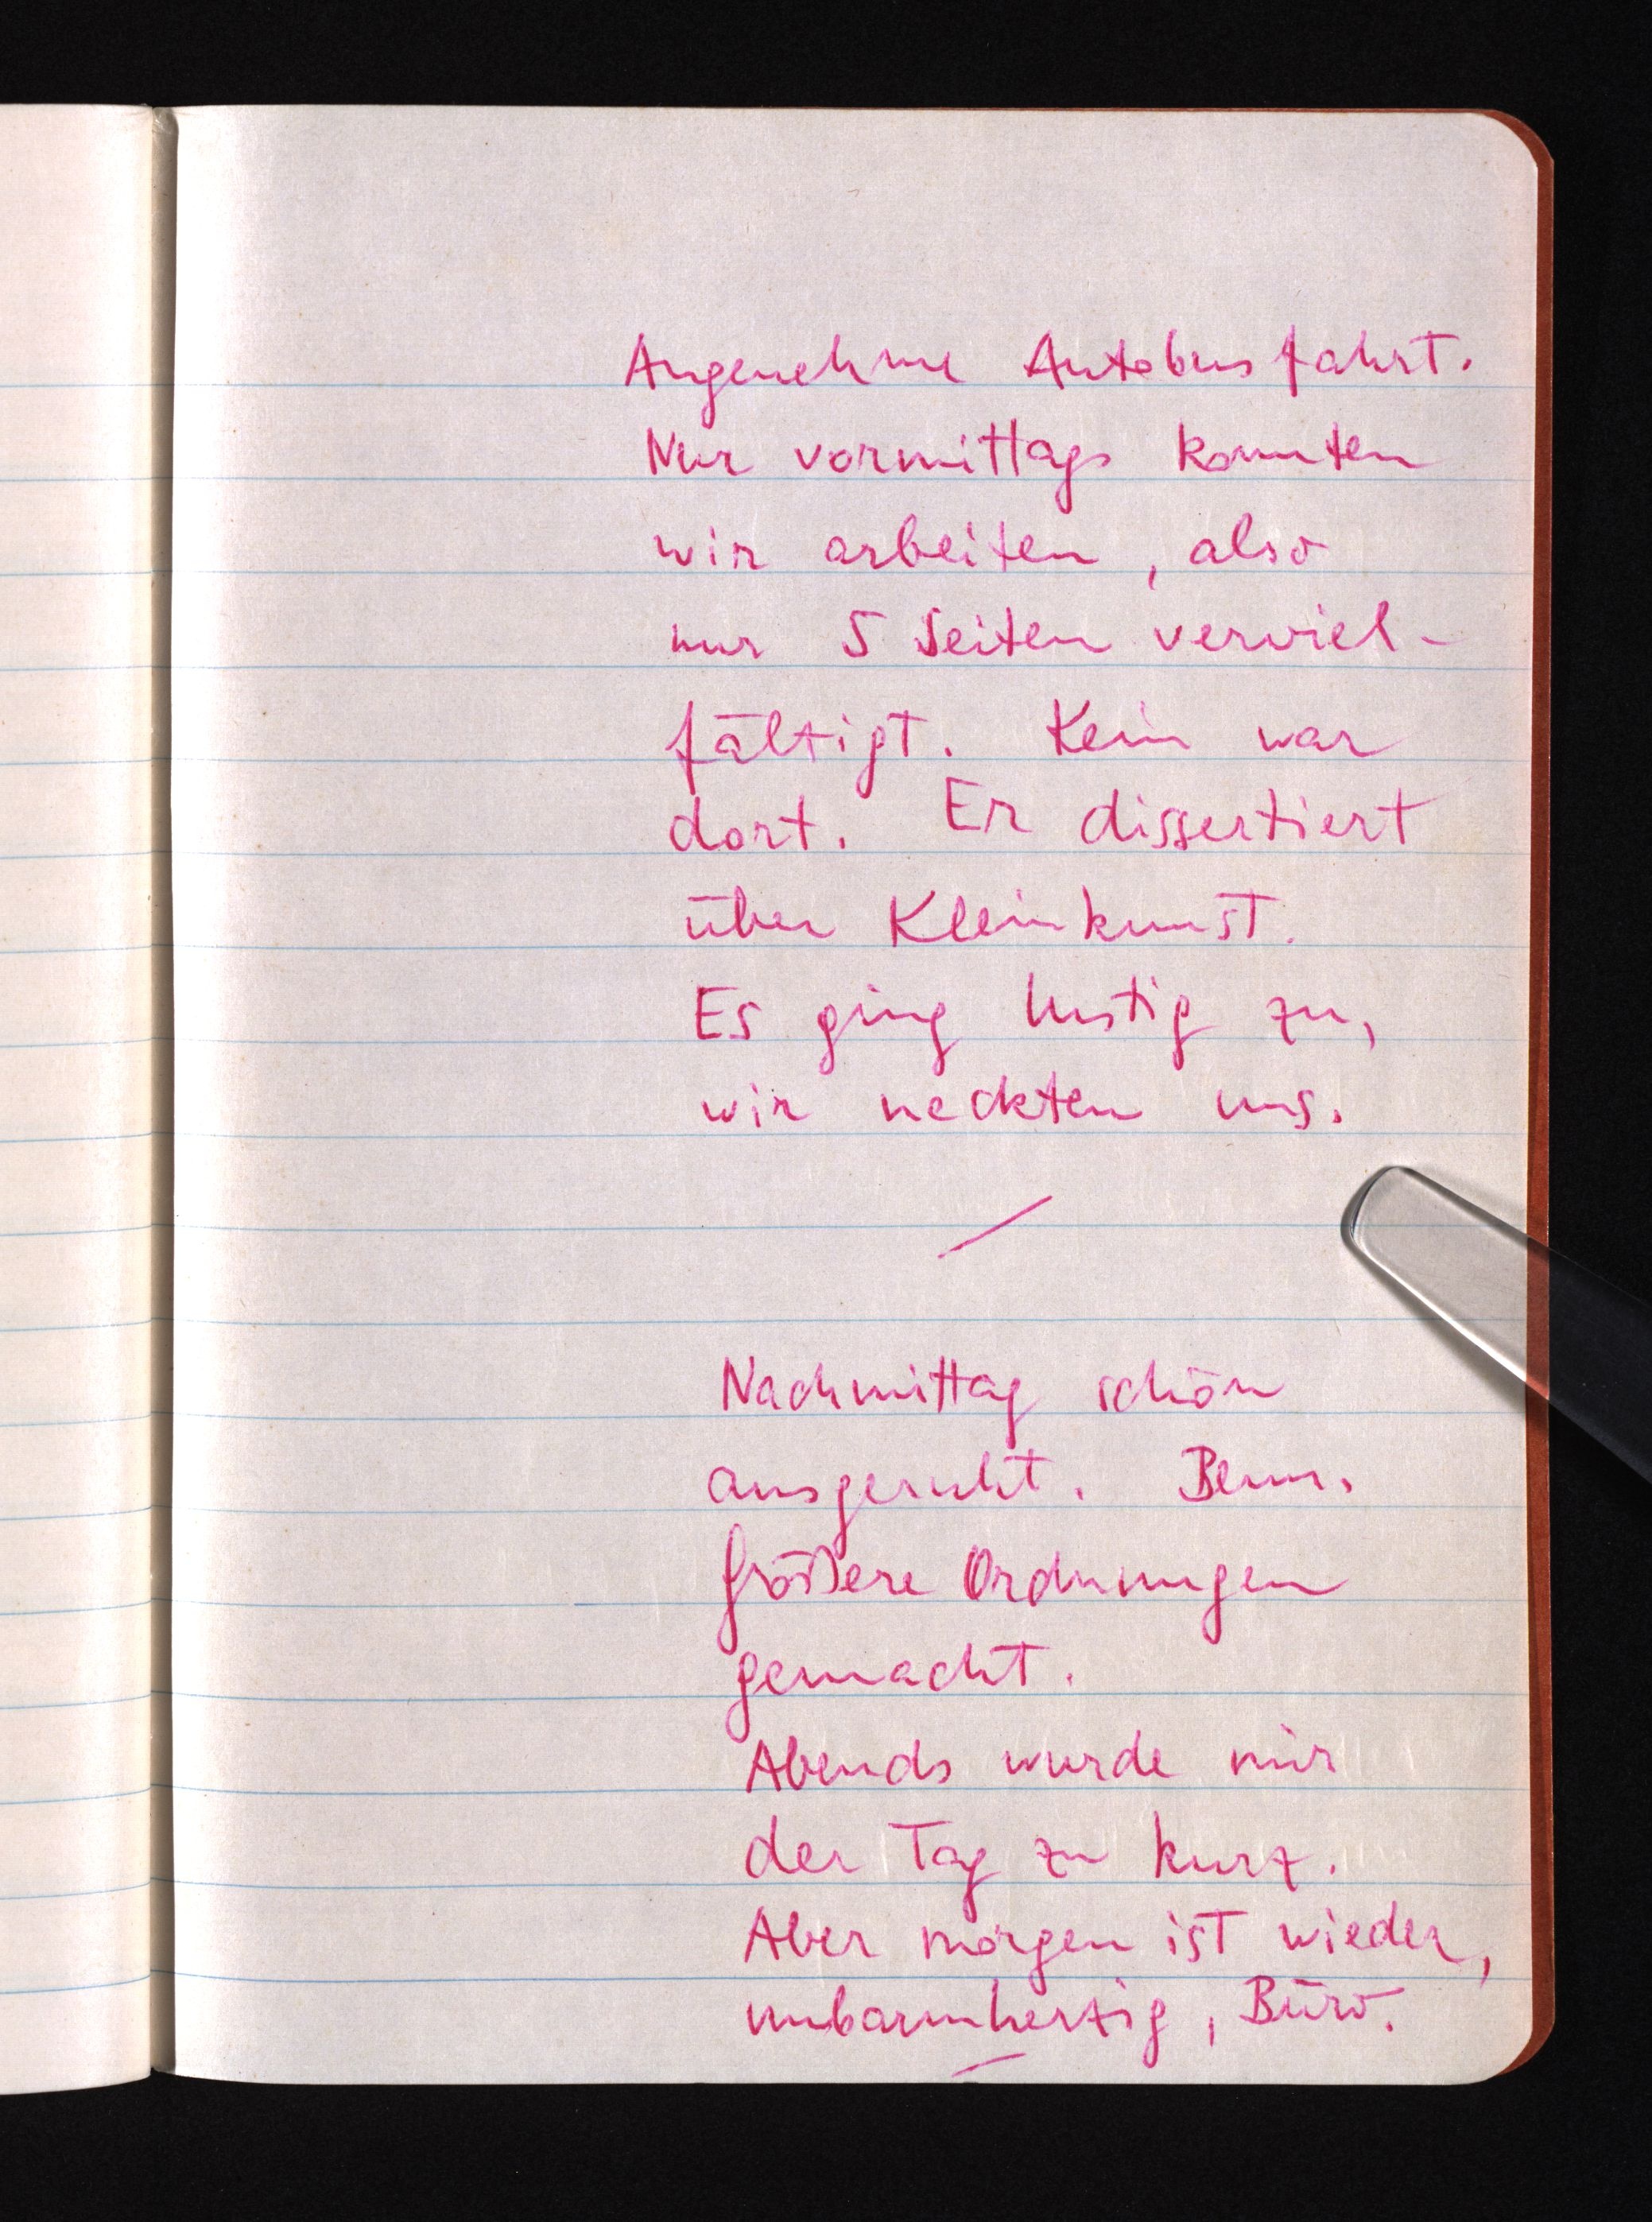
Angenehme Autobusfahrt.
Nur vormittags konnten
wir arbeiten, also
nur 5 Seiten verviel¬
fältigt. Kein war
dort. Er dissertiert
über Kleinkunst.
Es ging lustig zu,
wir neckten uns.
Nachmittag schön
ausgeruht. Benn.
Größere Ordnungen
gemacht.
Abends wurde mir
der Tag zu kurz.
Aber morgen ist wieder,
unbarmherzig, Büro.